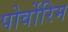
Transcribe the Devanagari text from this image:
पोर्वोरिम